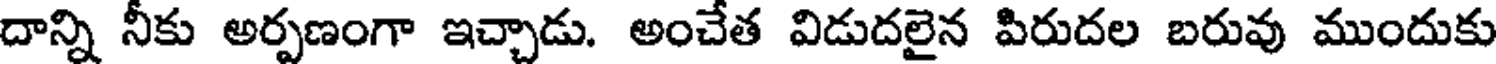
దాన్ని నీకు అర్పణంగా ఇచ్చాడు. అంచేత విడుదలైన పిరుదల బరువు ముందుకు